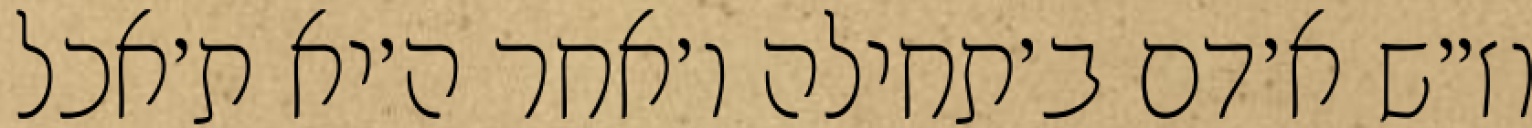
וז״ש א׳דם ב׳תחילה ו׳אחר ה׳יא ת׳אכל